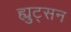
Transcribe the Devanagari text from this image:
ह्युट्सन